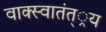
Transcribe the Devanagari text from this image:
वाक्स्वातंत््रय